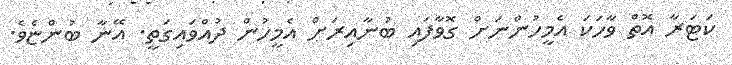
ކަޓަރާ އޮތް ވާހަކަ އެމީހުންނަށް ގޮވާފައި ބުނާއިރަށް އެމީހުން ދުއްވައިގަތީ. އޭނާ ބުންޏެވެ.